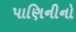
પાણિનીનો